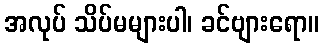
အလုပ် သိပ်မများပါ၊ ခင်ဗျားရော။